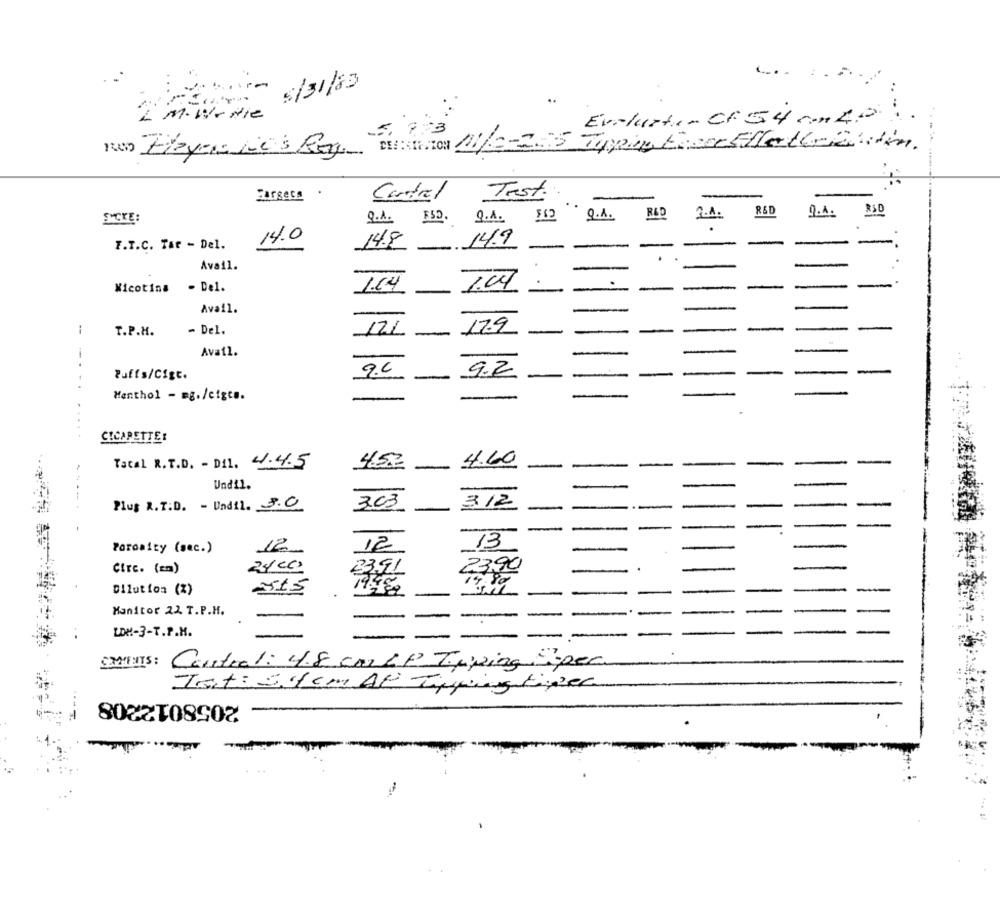
.... . ....
Sur- 5/31/83
2 M.W . die
Evaluate- CF54 anza:
nen Exeyes sie's Reg Brandon 11/2-225 Tipping base Effettiaustin
------
Test.
Targets
Central
R&D
RSD
SICKE
Q.A. F.D. Q.A.
$12
Q.A.
RED
2.A.
14.0
T.T.C. Tar - Del.
14.8 149
-
Avail.
-
- De1.
Nicotina
1.64 1.04.
--
Avail.
-
-
T.P.H.
- Del.
-
-
121 17.9
--
Avail.
-
Puffs/Cigt.
9.2
-
-
-
Menthol - mg./cigts.
-
-
-
CICAPETTE:
Total R.T.D. - Dil. 4.4.5
4.52
-
4.60
-
-
Undil.
Plus R.T.D. - Undil. 3.0
3.03
3.12
--
-
.-
13
Poromity (sec.)
12
12
Circ. (Em)
24 00
3391
23,90
Dilution (%)
Monitor 22. T.P.H.
LOW !- 3-T.P.M.
COMMENTS:
Central: 4.8 cm & P Typing Spec
Tat: 544 cm Al Tippingtiger
2058012208